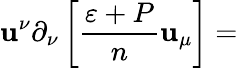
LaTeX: \mathbf{u}^{\nu}\partial_{\nu}\left[\frac{{\varepsilon+P}}{{n}}\mathbf{u}_{\mu}\right]=